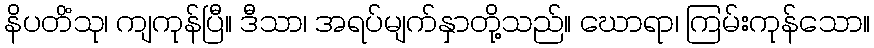
နိပတိံသု၊ ကျကုန်ပြီ။ ဒီသာ၊ အရပ်မျက်နှာတို့သည်။ ဃောရာ၊ ကြမ်းကုန်သော။